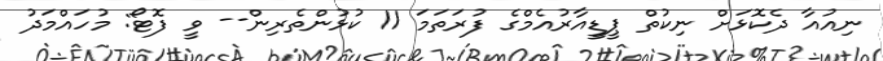
ނިއުއާ ދެކޮޅަށް ނިކުތް ޕީޑީއާރުއެމްގެ ފުރަތަމަ 11 ކުޅުންތެރިން-- ވީ ފޮޓޯ: މުހައްމަދު